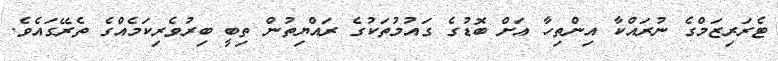
ޓެރަރިޒަމްގެ ނުރައްކާ އިންތިހާ އަށް ބޮޑުގެ ގައުމުތަކުގެ ރައްޔިތުން ތިބީ ބިރުވެރިކަމެއްގެ ތެރޭގައެވެ.